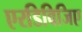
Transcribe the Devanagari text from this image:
एरडिविजिए